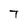
Character: T